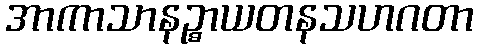
အာကာသာနဉ္စာယတနသဟဂတာ